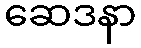
ဆေဒနာ